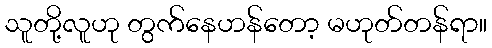
သူတို့လူဟု တွက်နေဟန်တော့ မဟုတ်တန်ရာ။